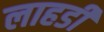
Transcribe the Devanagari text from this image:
लाहडी